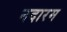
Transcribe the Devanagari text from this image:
नदारम